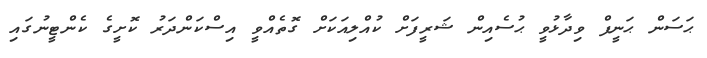
ޙަސަން ޙަނީފް ވިދާޅުވީ ޙުސެއިން ޝަރީފަށް ކުއްލިއަކަށް ގޮތެއްވީ އިސްކަންދަރު ކޮށީގެ ކެންޓީނުގައި